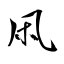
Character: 凩